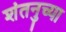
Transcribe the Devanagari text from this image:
शंतनुच्या